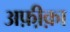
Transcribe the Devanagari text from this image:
अफ़ी़क़ा